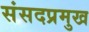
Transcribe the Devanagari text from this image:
संसदप्रमुख